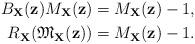
LaTeX: \begin{align*}B_{\mathbf{X}}(\mathbf{z}) M_{\mathbf{X}}(\mathbf{z}) &=M_{\mathbf{X}}(\mathbf{z})-1, \\R_{\mathbf{X}} (\mathfrak{M}_{\mathbf{X}}(\mathbf{z}))&= M_{\mathbf{X}}(\mathbf{z})-1. \end{align*}